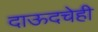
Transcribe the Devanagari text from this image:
दाऊदचेही